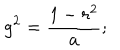
LaTeX: g ^ { 2 } = { \frac { 1 - r ^ { 2 } } { a } } ;